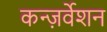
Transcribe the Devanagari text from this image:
कन्ज़र्वेशन